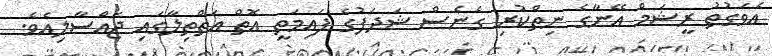
އެވަގުތު ރީޝަމް އޭނާގެ ނިތްކުރި ގެނެސް ޝަދަފުގެ ފައިމަތީ އޮތް އަތްތިލާގައި ޖައްސާލިއެވެ.